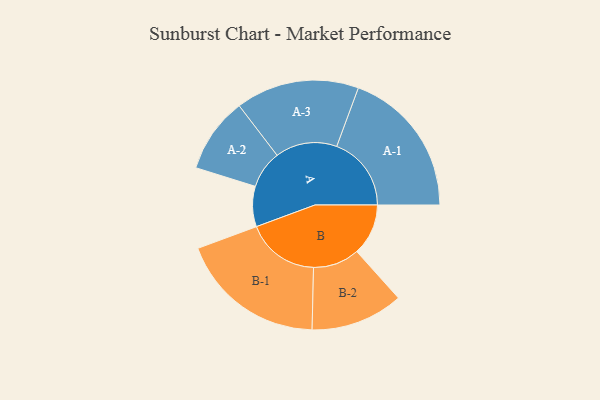
{"axis": {"x": "Segment", "y": "Value"}, "legend": ["", "A", "B"], "data": [{"x": "A", "y": 141, "type": ""}, {"x": "B", "y": 180, "type": ""}, {"x": "A-1", "y": 261, "type": "A"}, {"x": "A-2", "y": 132, "type": "A"}, {"x": "A-3", "y": 216, "type": "A"}, {"x": "B-1", "y": 256, "type": "B"}, {"x": "B-2", "y": 162, "type": "B"}]}